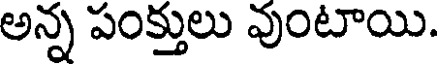
అన్న పంక్తులు వుంటాయి.